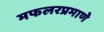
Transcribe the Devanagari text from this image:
मफलरप्रमाणे